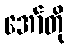
အော်တို